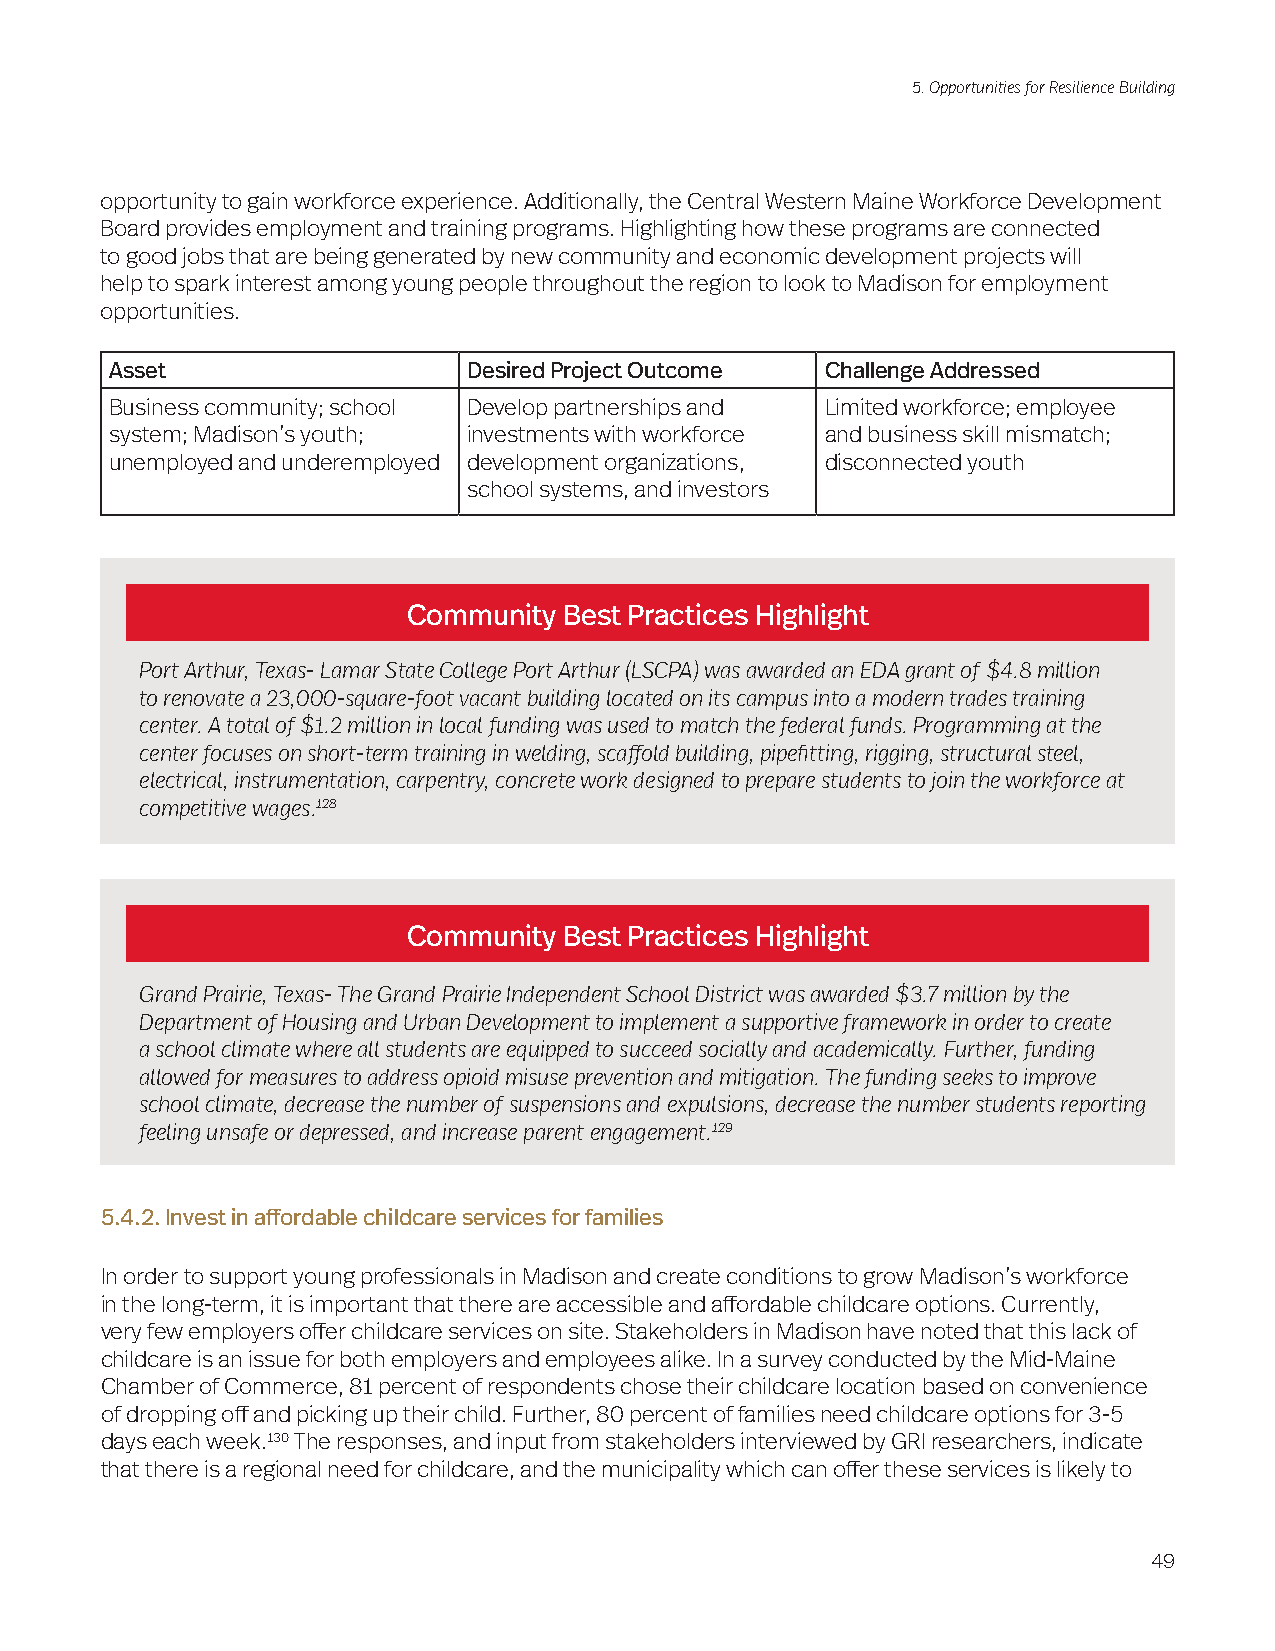
5. Opportunities for Resilience Building
 opportunity to gain workforce experience. Additionally, the Central Western Maine Workforce Development
 Board provides employment and training programs. Highlighting how these programs are connected
 to good jobs that are being generated by new community and economic development projects will
 help to spark interest among young people throughout the region to look to Madison for employment
 opportunities.
 Asset                   Desired Project Outcome Challenge Addressed
 Business community; school Develop partnerships and Limited workforce; employee
 system; Madison’s youth; investments with workforce and business skill mismatch;
 unemployed and underemployed development organizations, disconnected youth
 school systems, and investors
 Community Best Practices Highlight
 Port Arthur, Texas- Lamar State College Port Arthur (LSCPA) was awarded an EDA grant of $4.8 million
 to renovate a 23,000-square-foot vacant building located on its campus into a modern trades training
 center. A total of $1.2 million in local funding was used to match the federal funds. Programming at the
 center focuses on short-term training in welding, scaffold building, pipefitting, rigging, structural steel,
 electrical, instrumentation, carpentry, concrete work designed to prepare students to join the workforce at
 competitive wages.128
 Community Best Practices Highlight
 Grand Prairie, Texas- The Grand Prairie Independent School District was awarded $3.7 million by the
 Department of Housing and Urban Development to implement a supportive framework in order to create
 a school climate where all students are equipped to succeed socially and academically. Further, funding
 allowed for measures to address opioid misuse prevention and mitigation. The funding seeks to improve
 school climate, decrease the number of suspensions and expulsions, decrease the number students reporting
 feeling unsafe or depressed, and increase parent engagement.129
 5.4.2. Invest in affordable childcare services for families
 In order to support young professionals in Madison and create conditions to grow Madison’s workforce
 in the long-term, it is important that there are accessible and affordable childcare options. Currently,
 very few employers offer childcare services on site. Stakeholders in Madison have noted that this lack of
 childcare is an issue for both employers and employees alike. In a survey conducted by the Mid-Maine
 Chamber of Commerce, 81 percent of respondents chose their childcare location based on convenience
 of dropping off and picking up their child. Further, 80 percent of families need childcare options for 3-5
 days each week.130 The responses, and input from stakeholders interviewed by GRI researchers, indicate
 that there is a regional need for childcare, and the municipality which can offer these services is likely to
 49